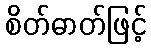
စိတ်ဓာတ်ဖြင့်